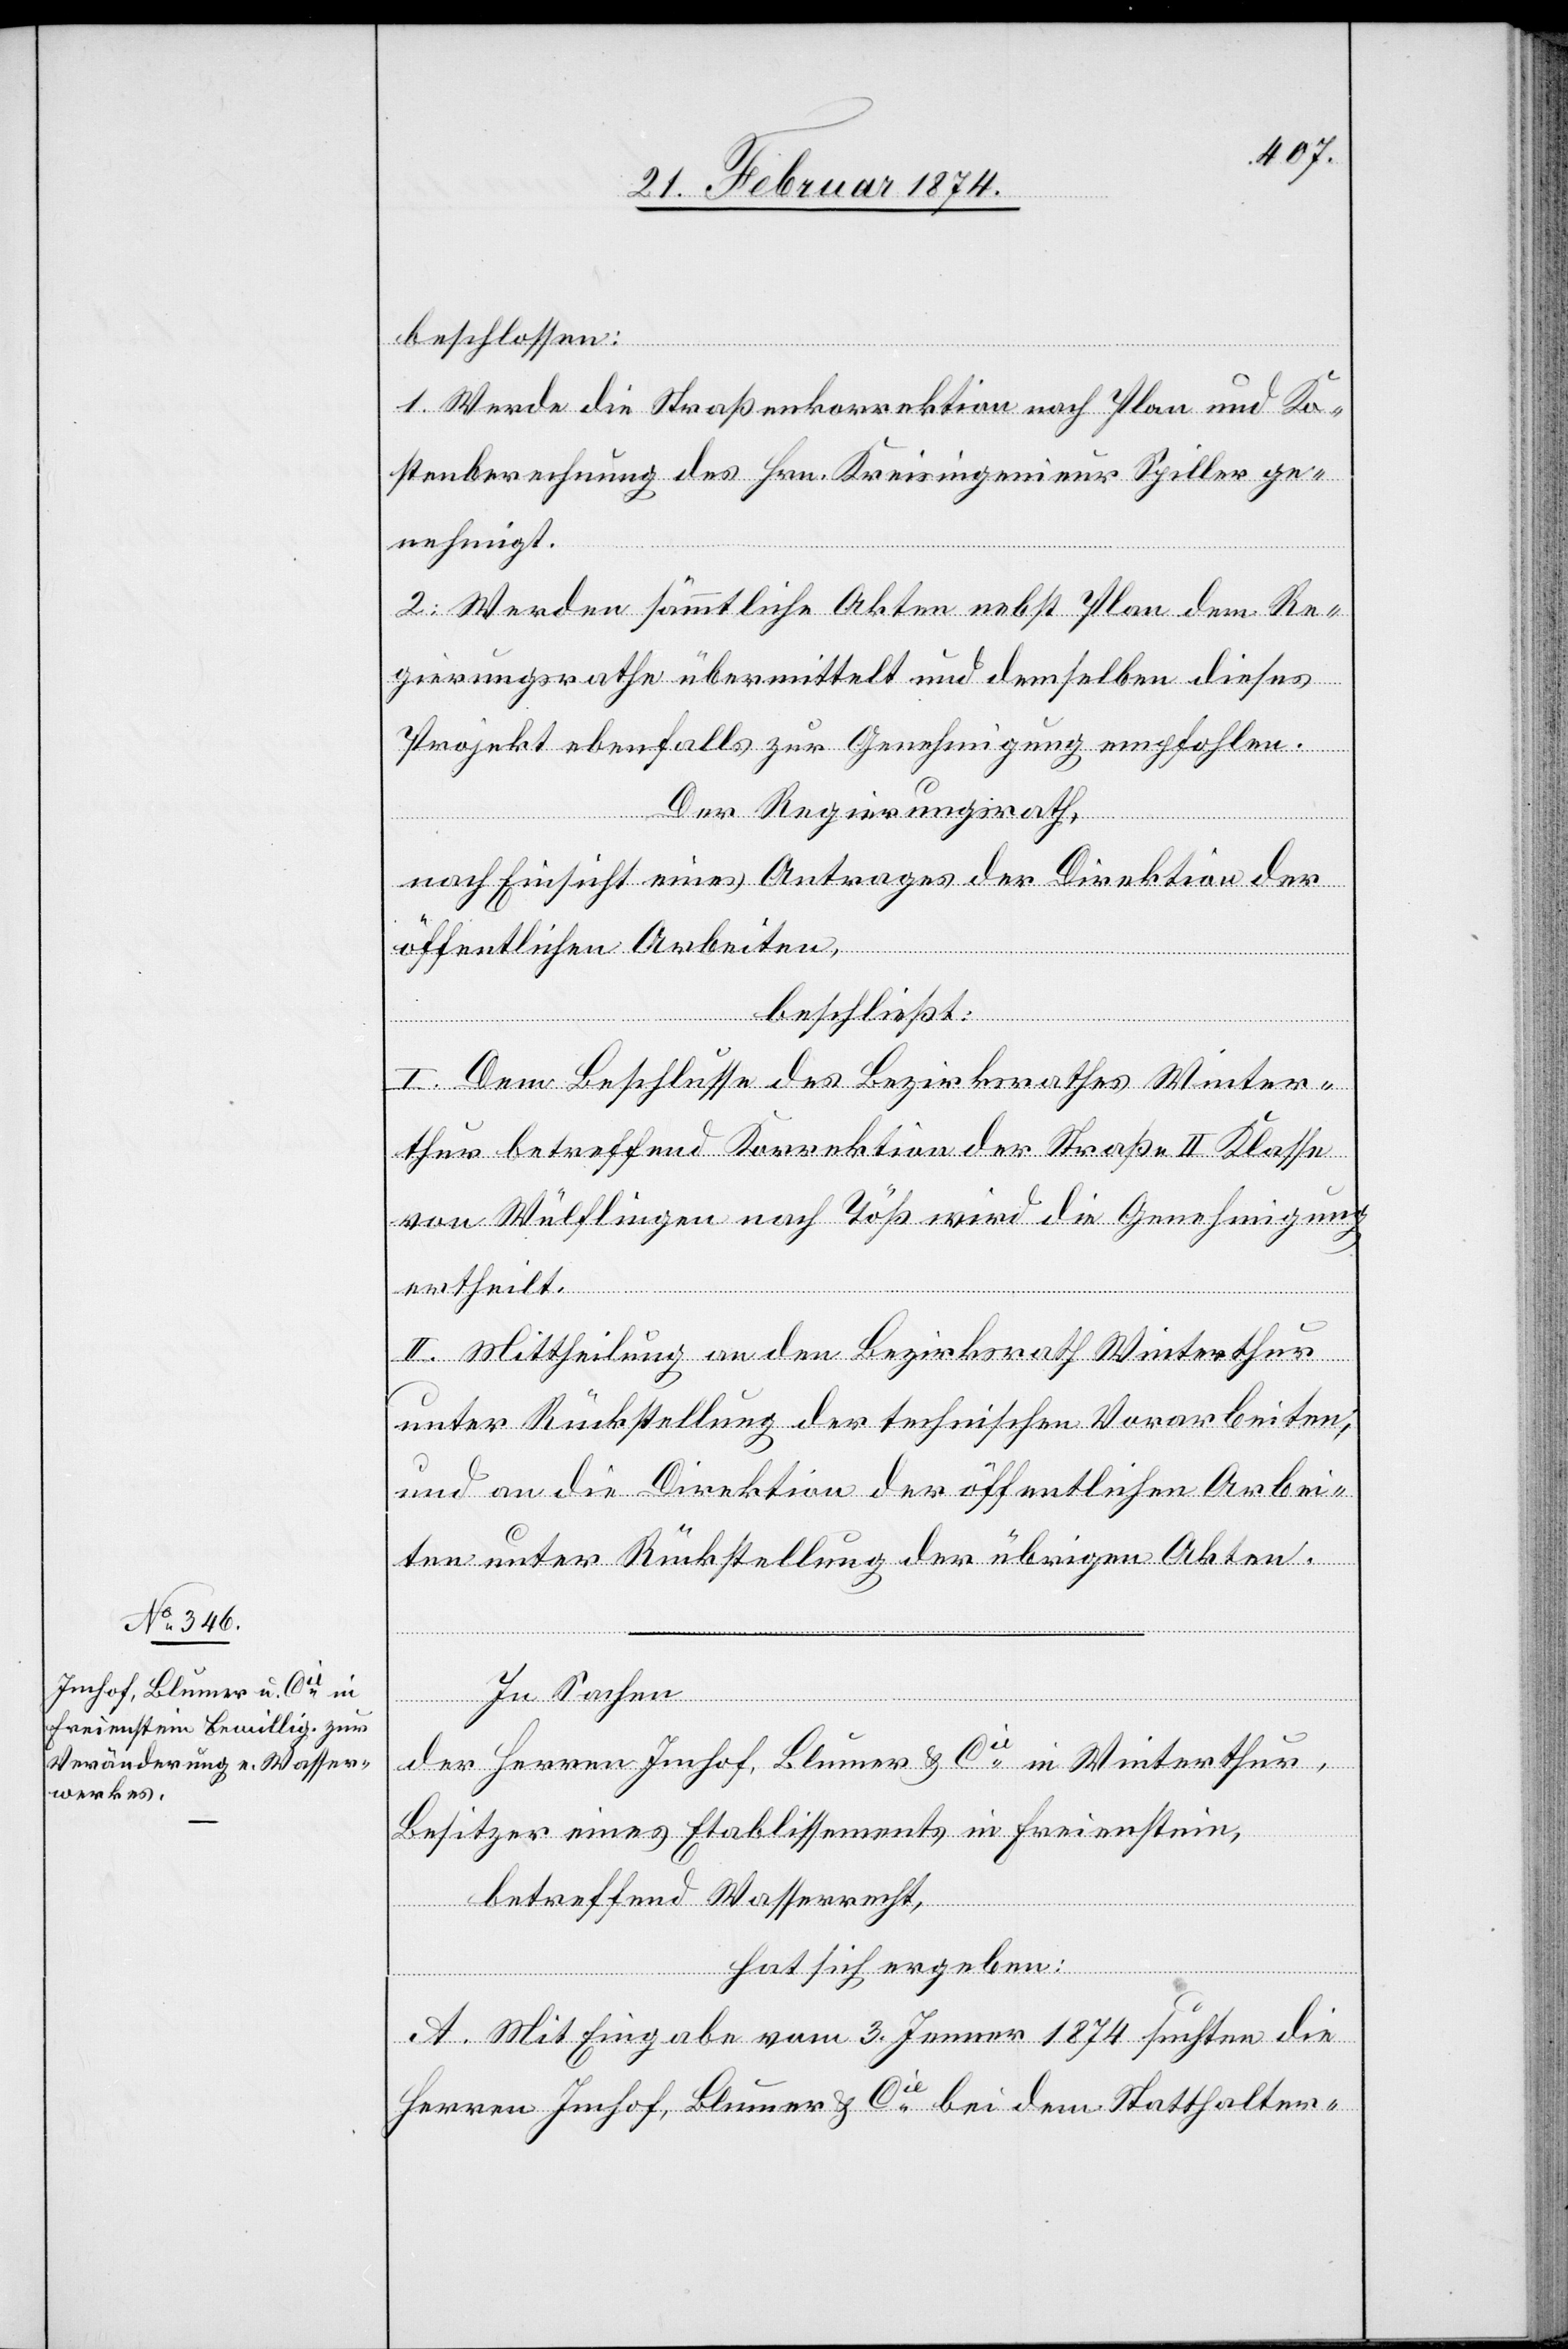
beschlossen:
1. Werde die Straßenkorrektion nach Plan und Ko¬
stenberechnung des Hrn. Kreisingenieur Spiller ge¬
nehmigt.
2. Werden sämmtliche Akten nebst Plan dem Re¬
gierungsrathe übermittelt und demselben dieses
Projekt ebenfalls zur Genehmigung empfohlen.
Der Regierungsrath,
nach Einsicht eines Antrages der Direktion der
öffentlichen Arbeiten,
beschließt:
I. Dem Beschlusse des Bezirksrathes Winter¬
thur betreffend Korrektion der Straße II. Klasse
von Wülflingen nach Töß wird die Genehmigung
ertheilt.
II. Mittheilung an den Bezirksrath Winterthur
unter Rückstellung der technischen Vorarbeiten,
und an die Direktion der öffentlichen Arbei¬
ten unter Rückstellung der übrigen Akten.
In Sachen
der Herren Imhof, Blumer u. Cie in Winterthur,
Besitzer eines Etablissements in Freienstein,
betreffend Wasserrecht,
hat sich ergeben:
A. Mit Eingabe vom 3. Jenner 1874 suchten die
Herren Imhof, Blumer u. Cie bei dem Statthalter-